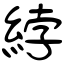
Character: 綍